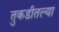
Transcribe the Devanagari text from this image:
तुकडीतल्या